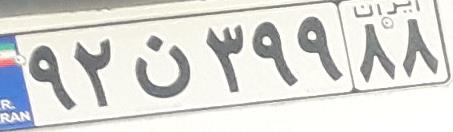
۹۲ن۳۹۹۸۸